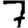
Digit: 7